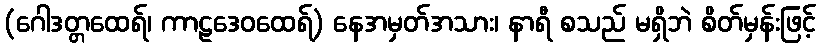
(ဂေါဒတ္တထေရ်၊ ကာဠဒေဝထေရ်) နေအမှတ်အသား၊ နာရီ စသည် မရှိဘဲ စိတ်မှန်းဖြင့်